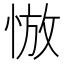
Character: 𰑮